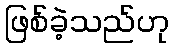
ဖြစ်ခဲ့သည်ဟု